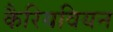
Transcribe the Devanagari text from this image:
कैरियवियन